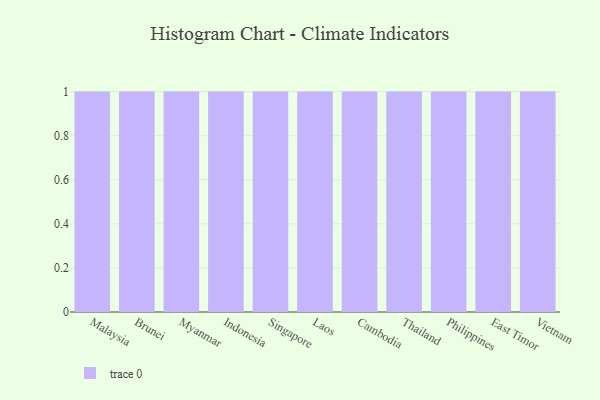
{"axis": {"x": "Country", "y": "Operating Costs (USD K)"}, "legend": [""], "data": [{"x": "Malaysia", "y": 8, "type": ""}, {"x": "Brunei", "y": 41, "type": ""}, {"x": "Myanmar", "y": 42, "type": ""}, {"x": "Indonesia", "y": 38, "type": ""}, {"x": "Singapore", "y": 14, "type": ""}, {"x": "Laos", "y": 40, "type": ""}, {"x": "Cambodia", "y": 38, "type": ""}, {"x": "Thailand", "y": 96, "type": ""}, {"x": "Philippines", "y": 21, "type": ""}, {"x": "East Timor", "y": 49, "type": ""}, {"x": "Vietnam", "y": 17, "type": ""}]}